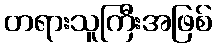
တရားသူကြီးအဖြစ်